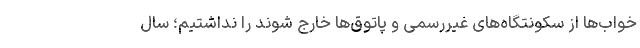
خواب‌ها از سکونتگاه‌های غیررسمی و پاتوق‌ها خارج شوند را نداشتیم؛ سال